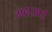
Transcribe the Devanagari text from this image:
गढाआई